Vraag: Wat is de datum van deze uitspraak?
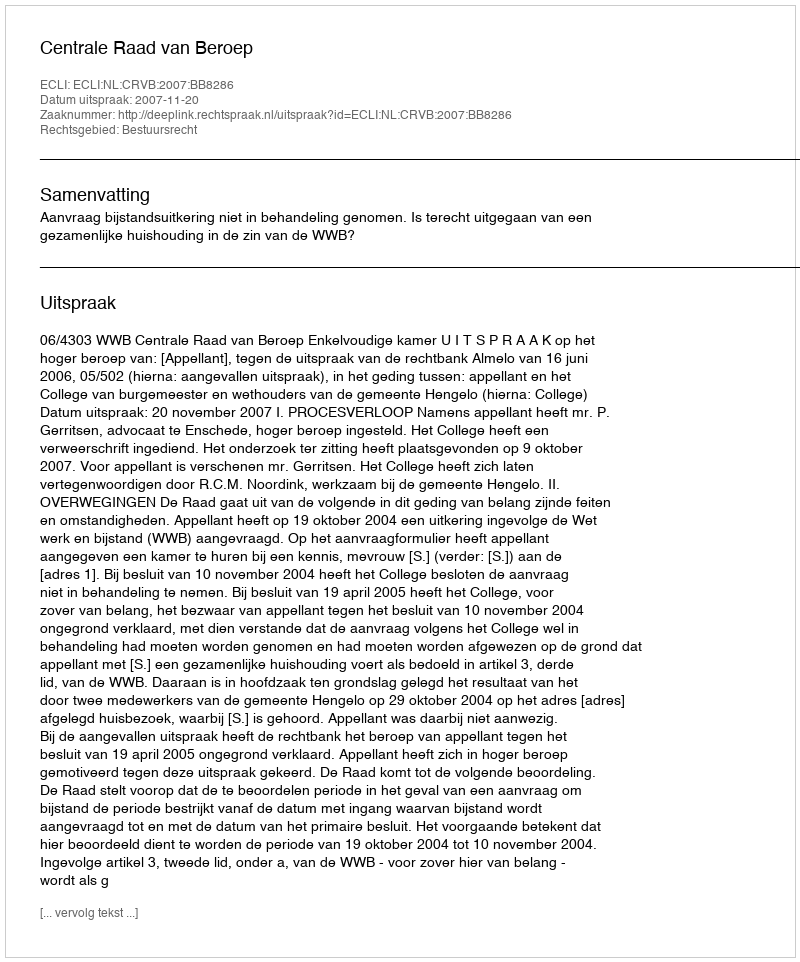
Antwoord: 2007-11-20